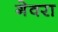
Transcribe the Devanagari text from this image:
गेवरा